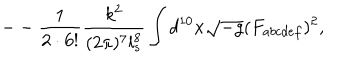
LaTeX: - - \frac { 1 } { 2 \cdot 6 ! } \frac { k ^ { 2 } } { ( 2 \pi ) ^ { 7 } l _ { s } ^ { 8 } } \int d ^ { 1 0 } x \sqrt { - g } ( F _ { a b c d e f } ) ^ { 2 } ,